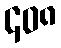
၄၀၈